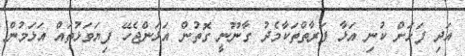
އަދި ފަޅަށް ކުނި އަޅާ ފަރާތްތަކާމެދު ގާނޫނީ ގޮތުން އަޅަންޖެހޭ ފިޔަވަޅުތައް އަޅަމުން